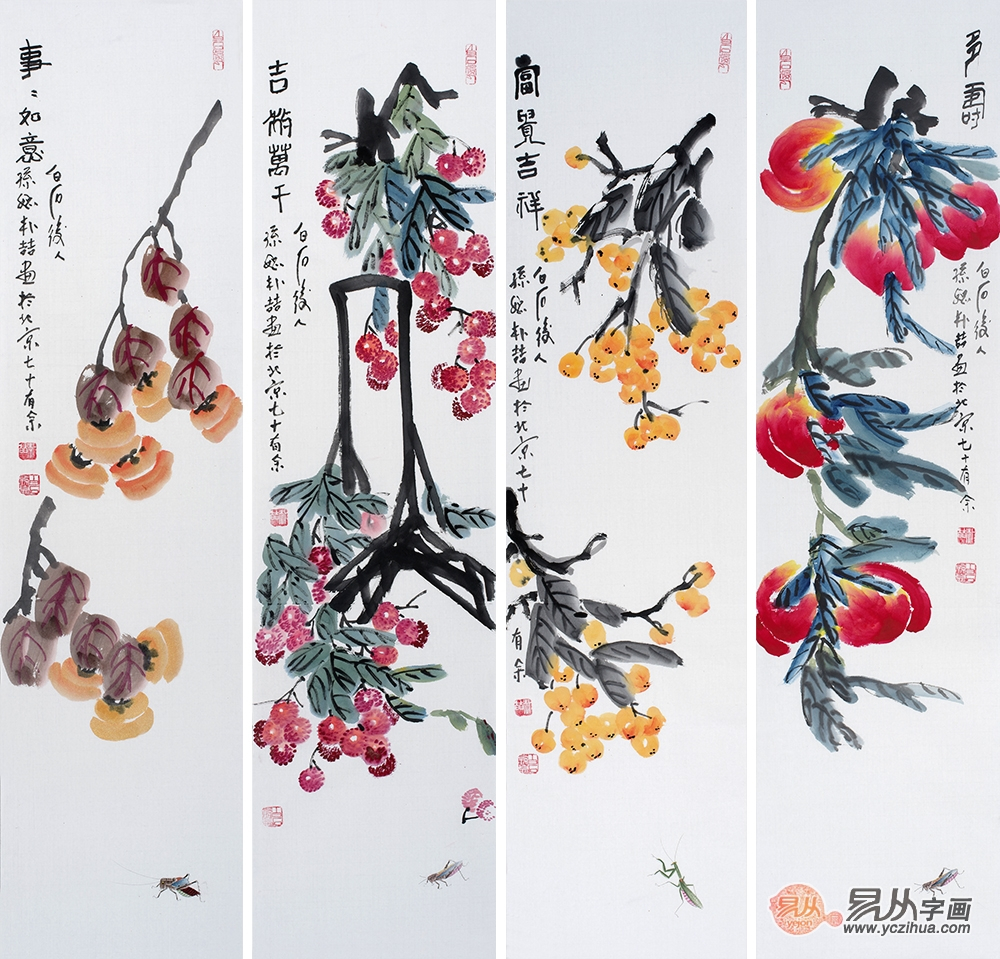
报国无门空自怨，济时有策从谁吐。